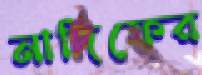
নাদিফের